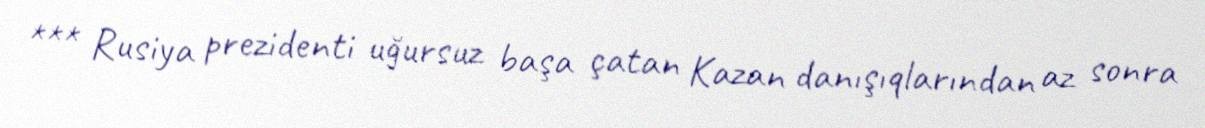
*** Rusiya prezidenti uğursuz başa çatan Kazan danışıqlarından az sonra